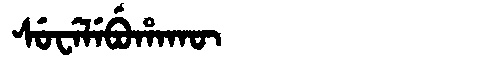
Manchu: ᠰᡠᠸᡝᠯᡝᠪᡠᡥᠠᡴᡡ
Romanization: SUWELEBUHAKŪ